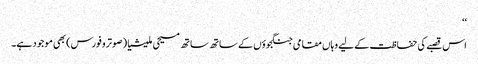
‘‘
اس قصبے کی حفاظت کے لیے وہاں مقامی جنگجوؤں کے ساتھ ساتھ مسیحی ملیشیا (صوترو فورس) بھی موجود ہے۔